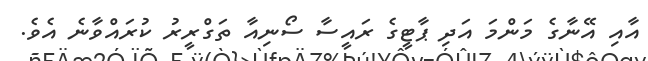
އާއި އޭނާގެ މަންމަ އަދި ޕާޓީގެ ރައީސާ ސޯނިއާ ތަގްރީރު ކުރައްވާނެ އެވެ.